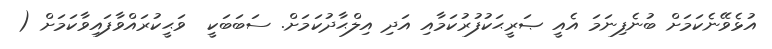
އުޅެވޭނެކަމަށް ބުނެފިނަމަ އެއީ ޞަރީޙަކުފުރުކަމާއި އަދި އިލްޙާދުކަމަަށް. ސަބަބަކީ  ވަޙީކުރައްވާފައިވާކަމަށް (